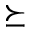
\succeq